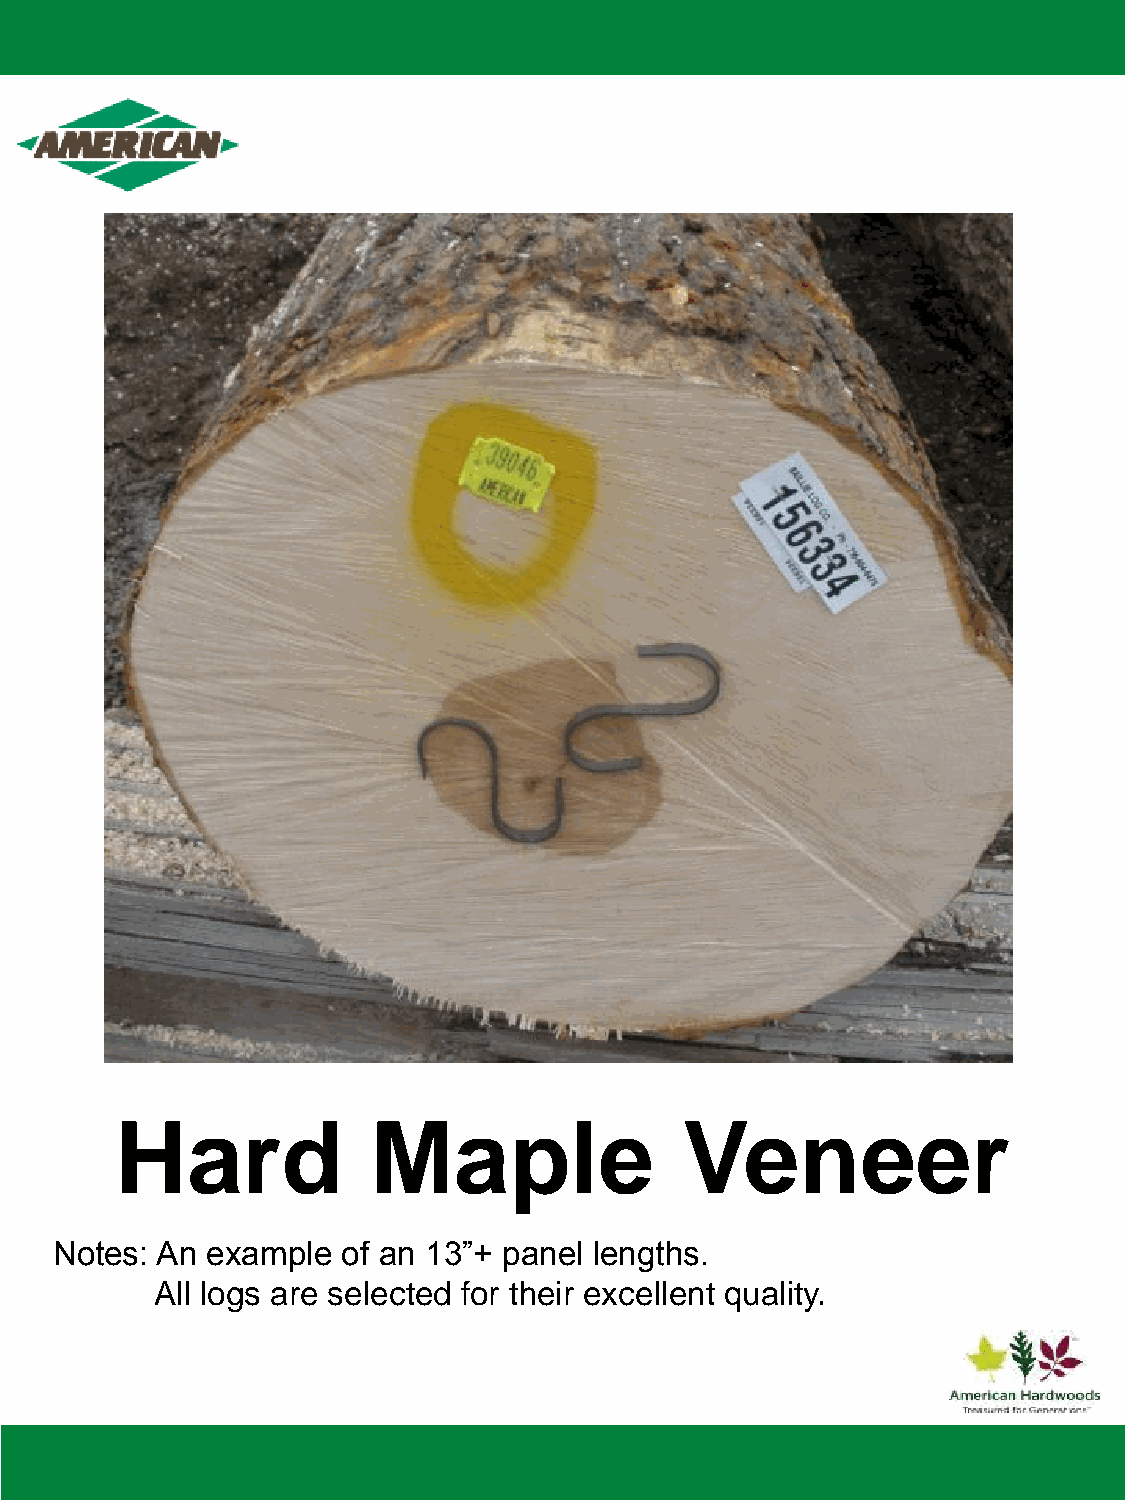
Hard             Maple               Veneer
 Notes: An  example  of an 13”+ panel lengths.
 All logs are selected for their excellent quality.